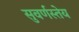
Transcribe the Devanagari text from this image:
सुवर्णस्तेय